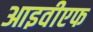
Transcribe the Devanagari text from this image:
आइवीएफ